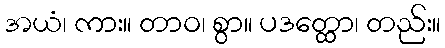
အယံ၊ ကား။ တာဝ၊ စွာ။ ပဒတ္ထော၊ တည်း။